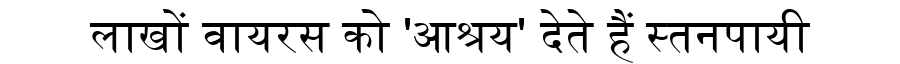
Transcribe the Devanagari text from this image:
लाखों वायरस को 'आश्रय' देते हैं स्तनपायी